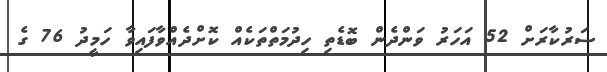
ސަރުކާރަށް 52 އަހަރު ވަންދެން ބޮޑެތި ހިދުމަތްތަކެއް ކޮށްދެއްވާފައިވާ ހަމީދު 76 ގެ